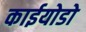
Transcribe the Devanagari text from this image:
काईयोडो